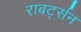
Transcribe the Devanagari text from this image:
राबर्ट्सन